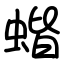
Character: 蝔